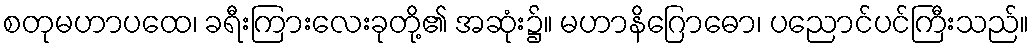
စတုမဟာပထေ၊ ခရီးကြားလေးခုတို့၏ အဆုံး၌။ မဟာနိဂြောဓော၊ ပညောင်ပင်ကြီးသည်။